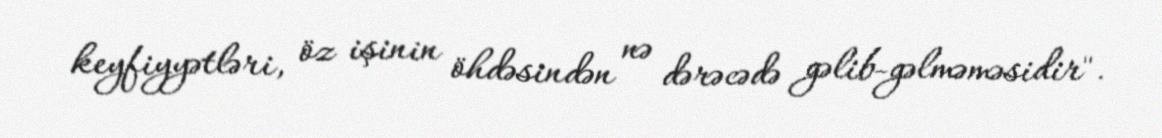
keyfiyyətləri, öz işinin öhdəsindən nə dərəcədə gəlib-gəlməməsidir".